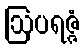
ဩပရဇ္ဇံ